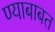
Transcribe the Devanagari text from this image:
ण्याबाबत